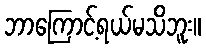
ဘာကြောင့်ရယ်မသိဘူး။